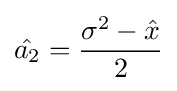
{\hat {a_{2}}}={\frac {\sigma ^{2}-{\hat {x}}}{2}}